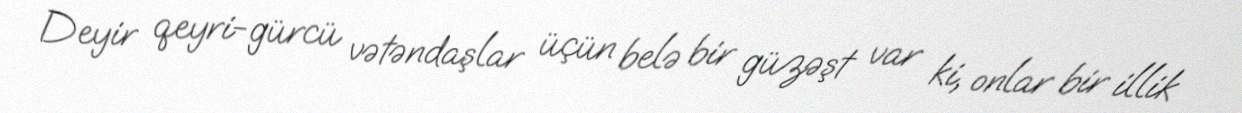
Deyir qeyri-gürcü vətəndaşlar üçün belə bir güzəşt var ki, onlar bir illik